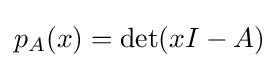
p_{A}(x)=\det(xI-A)